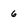
Character: 6